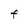
Character: F